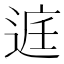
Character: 𮞔